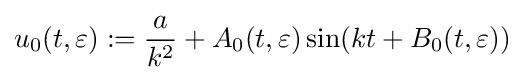
u_{0}(t,\varepsilon ):={\frac {a}{k^{2}}}+A_{0}(t,\varepsilon )\sin(kt+B_{0}(t,\varepsilon ))